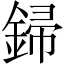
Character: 𨧪